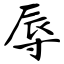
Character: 辱